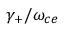
\gamma _ { + } / \omega _ { c e }